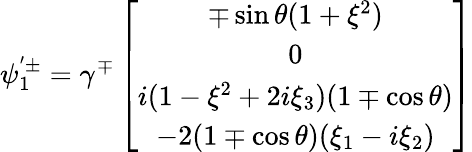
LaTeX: \psi_{1}^{'\pm}=\gamma^{\mp}\left[\begin{array}{c}{{\mp\sin\theta(1+\xi^{2})}}\\ {{0}}\\ {{i(1-\xi^{2}+2i\xi_{3})(1\mp\cos\theta)}}\\ {{-2(1\mp\cos\theta)(\xi_{1}-i\xi_{2})}}\end{array}\right]